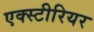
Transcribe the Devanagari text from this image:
एक्स्टीरियर